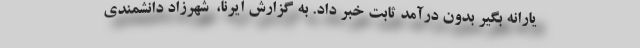
یارانه بگیر بدون درآمد ثابت خبر داد. به گزارش ایرنا، ‌ شهرزاد دانشمندی